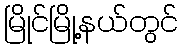
မြိုင်မြို့နယ်တွင်